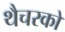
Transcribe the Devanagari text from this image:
थैचरको